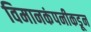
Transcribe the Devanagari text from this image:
विमानकंपनीकडून